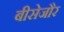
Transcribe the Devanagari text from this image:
बीसेजौर